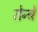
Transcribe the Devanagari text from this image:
रोन्ट्रे